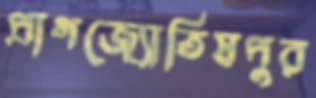
প্রাগজ্যোতিষপুর